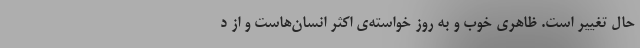
حال تغییر است. ظاهری خوب و به روز خواسته‌ی اکثر انسان‌هاست و از د